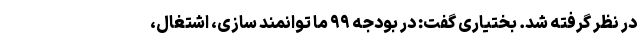
در نظر گرفته شد. بختیاری گفت: در بودجه ۹۹ ما توانمند سازی، اشتغال،